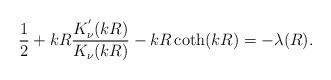
LaTeX: \begin{align*}\frac{1}{2}+kR\frac{K_{\nu}^{^{\prime}}(kR)}{K_{\nu}(kR)}-kR\coth(kR)=-\lambda(R).\end{align*}